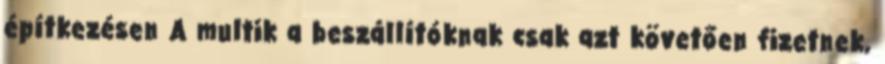
építkezésen A multik a beszállítóknak csak azt követően fizetnek,